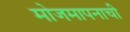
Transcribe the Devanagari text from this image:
मोजमापनाची